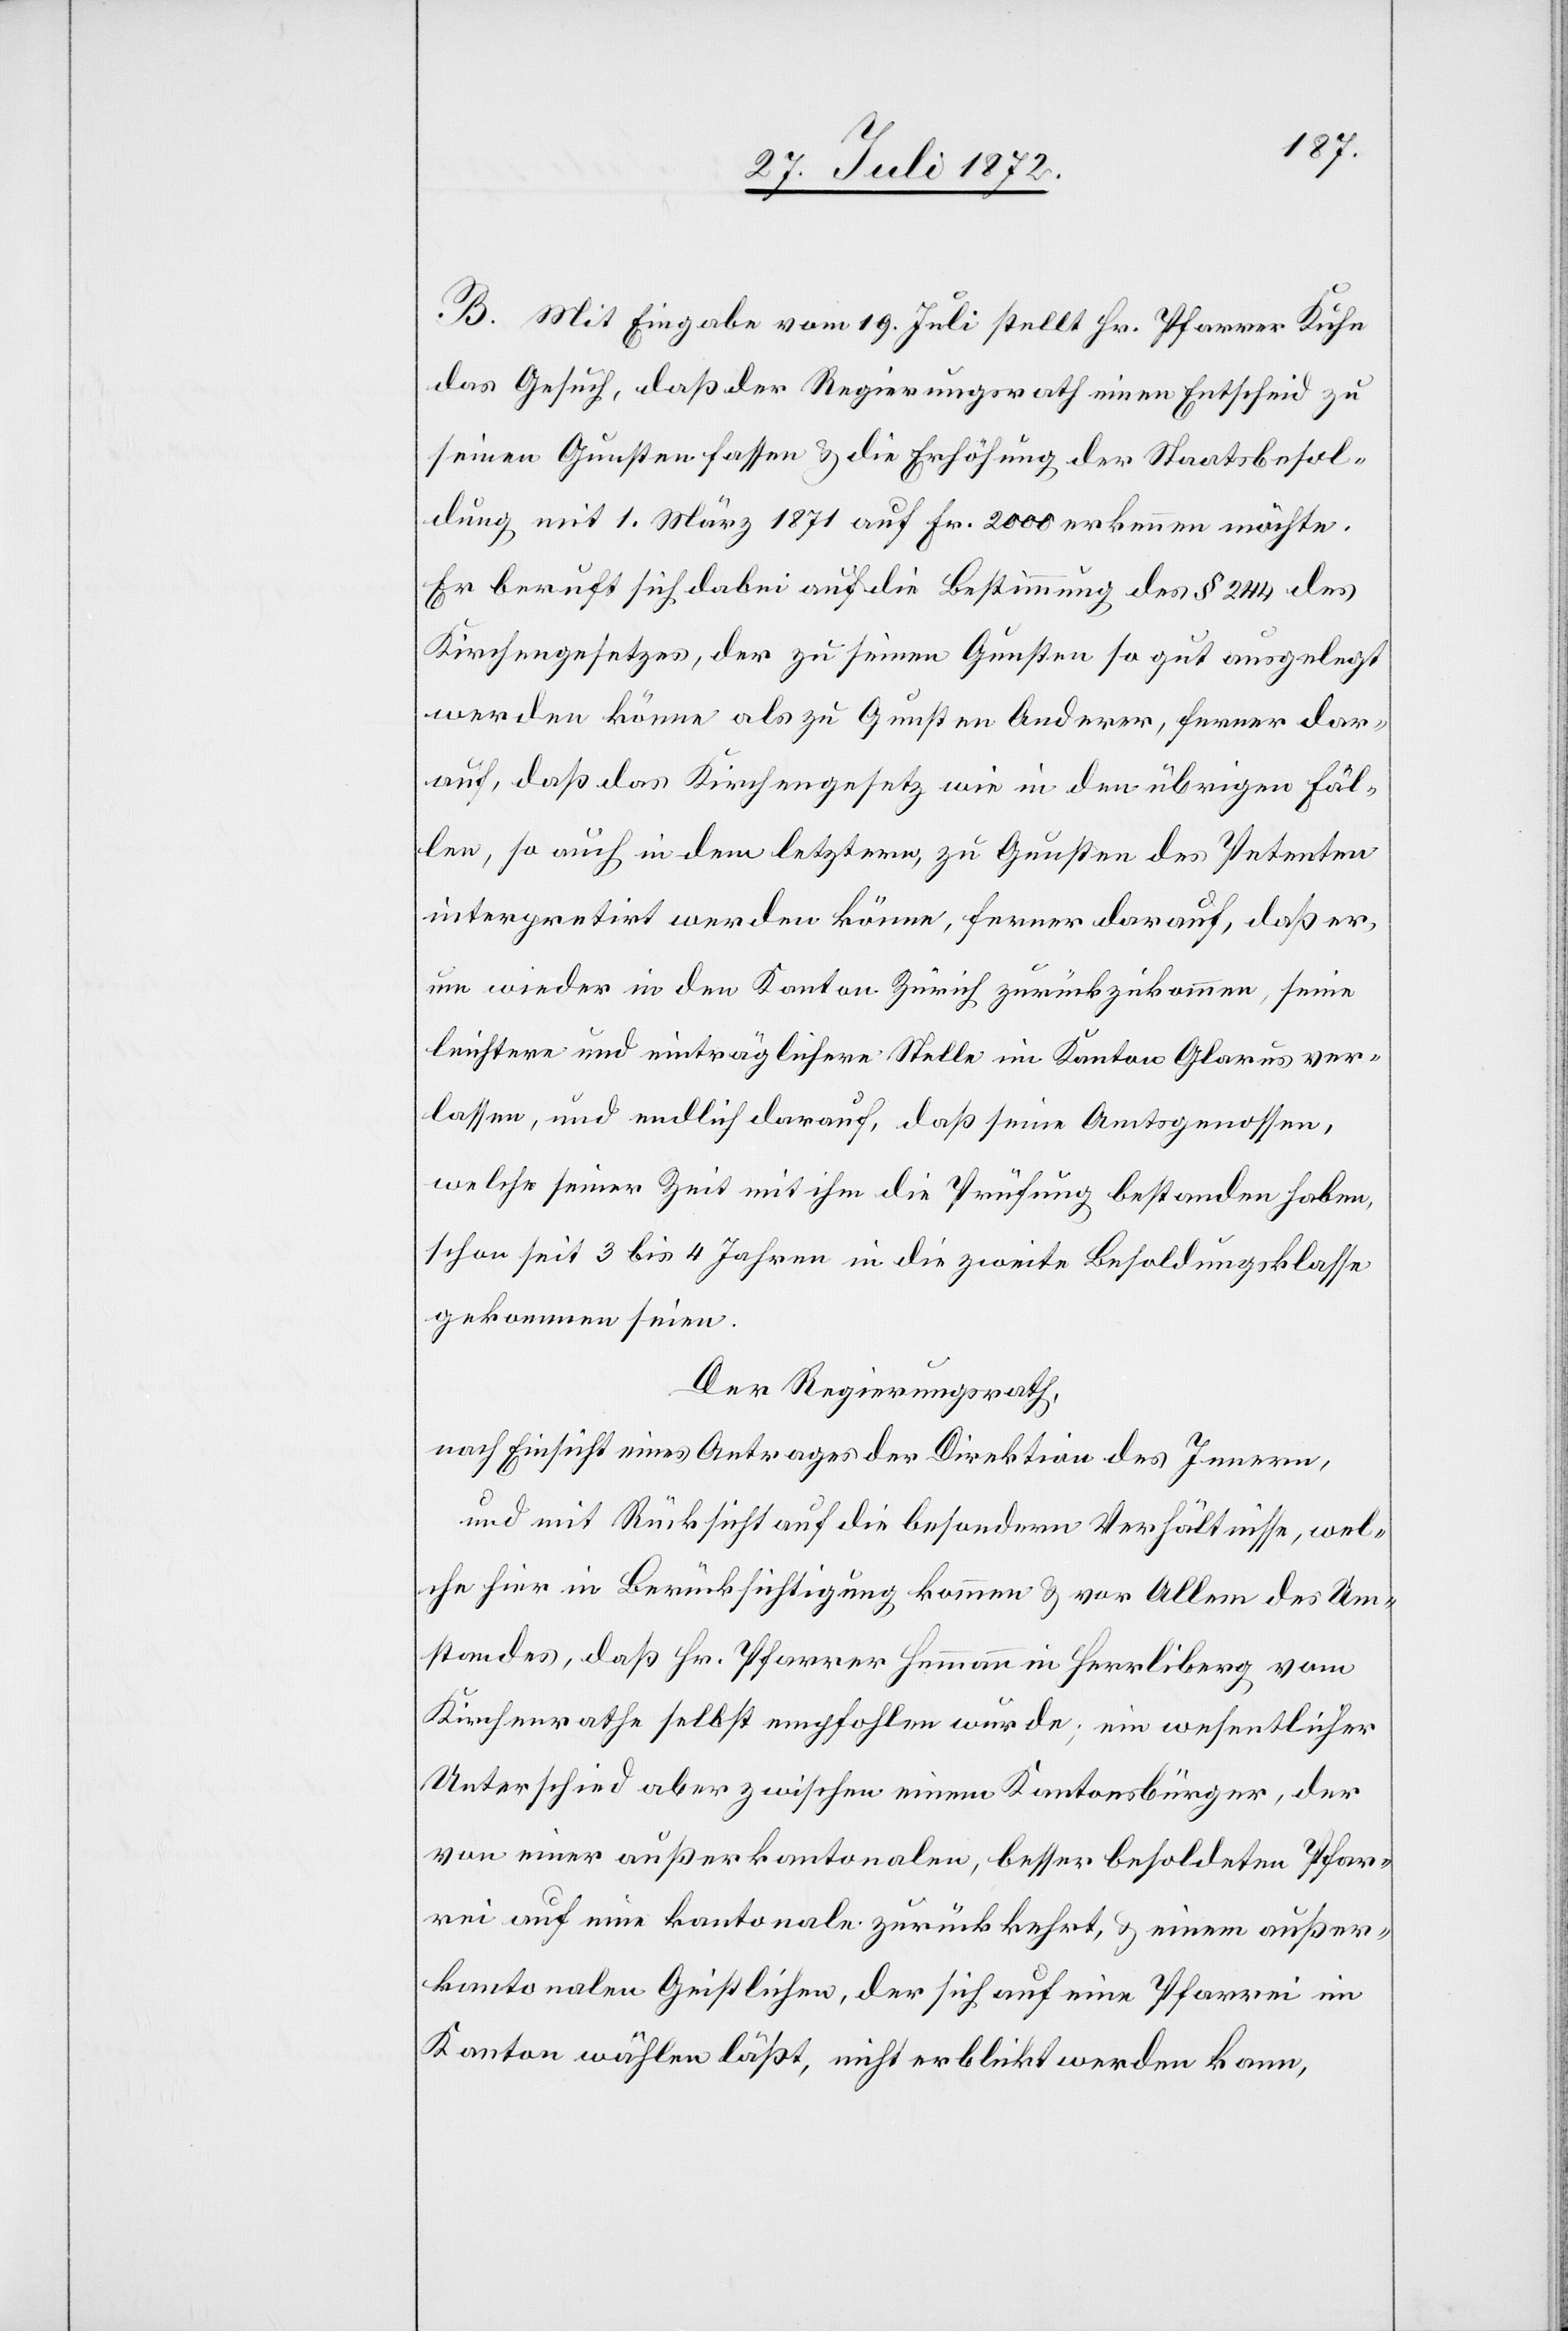
B. Mit Eingabe vom 19. Juli stellt Hr. Pfarrer Kuhn
das Gesuch, daß der Regierungsrath einen Entscheid zu
seinen Gunsten fassen u. die Erhöhung der Staatsbesol¬
dung mit 1. März 1871 auf Fr. 2000 erkennen möchte.
Er beruht sich dabei auf die Bestimmung des § 244 des
Kirchengesetzes, der zu seinen Gunsten so gut ausgelegt
werden könne als zu Gunsten Anderer, ferner dar¬
auf, daß das Kirchengesetz wie in den übrigen Fäl¬
len, so auch in dem letztern, zu Gunsten des Petenten
interpretirt werden könne, ferner darauf, daß er,
um wieder in den Kanton Zürich zurückzukommen, seine
leichtere und einträglichere Stelle im Kanton Glarus ver¬
lassen, und endlich darauf, daß seine Amtsgenossen,
welche seiner Zeit mit ihm die Prüfung bestanden haben,
schon seit 3 bis 4 Jahren in die zweite Besoldungsklasse
gekommen seien.
Der Regierungsrath,
nach Einsicht eines Antrages der Direktion des Innern,
und mit Rücksicht auf die besondern Verhältnisse, wel¬
che hier in Berücksichtigung kommen u. vor Allem des Um¬
standes, daß Hr. Pfarrer Hemmann in Herrliberg vom
Kirchenrathe selbst empfohlen wurde; ein wesentlicher
Unterschied aber zwischen einem Kantonsbürger, der
von einer außerkantonalen, besser besoldeten Pfar¬
rei auf eine kantonale zurückkehrt, u. einem außer¬
kantonalen Geistlichen, der sich auf eine Pfarrei im
Kanton wählen läßt, nicht erblickt werden kann,